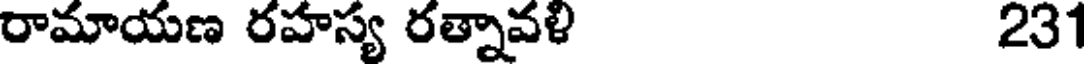
రామాయణ రహస్య రత్నావళి 231